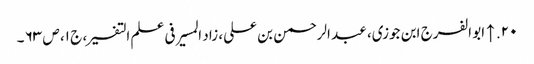
۲۰. ↑ ابو الفرج ابن جوزی، عبد الرحمن بن علی، زاد المسیر فی علم التفسیر، ج ۱، ص ۶۳ ۔